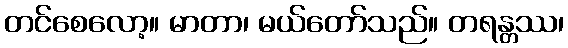
တင်စေလော့။ မာတာ၊ မယ်တော်သည်။ တရန္တဿ၊